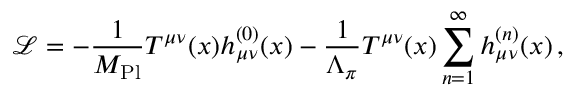
{ \mathcal L } = - \frac { 1 } { M _ { \mathrm { P l } } } T ^ { \mu \nu } ( x ) h _ { \mu \nu } ^ { ( 0 ) } ( x ) - \frac { 1 } { \Lambda _ { \pi } } T ^ { \mu \nu } ( x ) \sum _ { n = 1 } ^ { \infty } h _ { \mu \nu } ^ { ( n ) } ( x ) \, ,